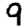
Digit: 9